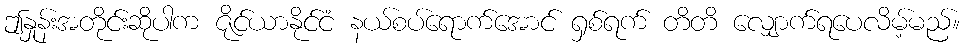
ဤနှုန်းအတိုင်းဆိုပါက ဇိုင်ယာနိုင်ငံ နယ်စပ်ရောက်အောင် ရှစ်ရက် တိတိ လျှောက်ရပေလိမ့်မည်။